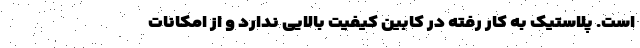
است. پلاستیک به کار رفته در کابین کیفیت بالایی ندارد و از امکانات